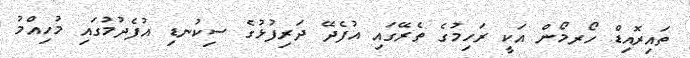
ތައިރޮއިޑް ހޯރމޯން އަކީ ރަހިމުގެ ތެރޭގައި އުފެދޭ ދަރިފުޅުގެ ސިކުނޑި އުފެދުމުގައި މުހިއްމު